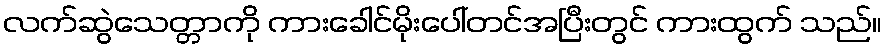
လက်ဆွဲသေတ္တာကို ကားခေါင်မိုးပေါ်တင်အပြီးတွင် ကားထွက် သည်။